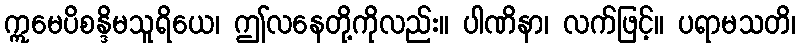
ဣမေပိစန္ဒိမသူရိယေ၊ ဤလနေတို့ကိုလည်း။ ပါဏိနာ၊ လက်ဖြင့်။ ပရာမသတိ၊